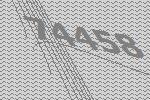
74458